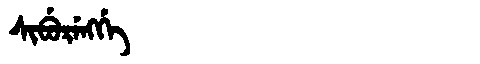
Manchu: ᠰᡳᠪᡠᡵᡝᠩᡤᡝ
Romanization: SIBURENGGE